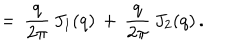
= \, \frac { q } { 2 \pi } \, J _ { 1 } ( q ) \, + \, \frac { q } { 2 \pi } \, J _ { 2 } ( q ) \, { . }